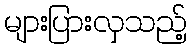
များပြားလှသည့်